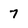
Character: 7